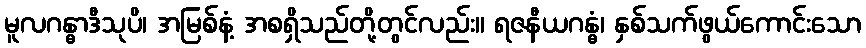
မူလဂန္ဓာဒီသုပိ၊ အမြစ်နံ့ အစရှိသည်တို့တွင်လည်း။ ရဇနီယဂန္ဓံ၊ နှစ်သက်ဖွယ်ကောင်းသော